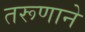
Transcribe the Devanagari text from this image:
तरूणाने